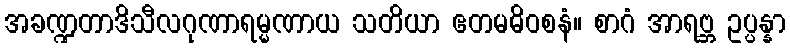
အခဏ္ဍတာဒိသီလဂုဏာရမ္မဏာယ သတိယာ ဧတမဓိဝစနံ။ စာဂံ အာရဗ္ဘ ဥပ္ပန္နာ